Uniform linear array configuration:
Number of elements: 64
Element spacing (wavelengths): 0.5
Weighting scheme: exponential
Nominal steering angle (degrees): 60
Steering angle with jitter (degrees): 58.197
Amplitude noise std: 0.05
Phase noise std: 0.05

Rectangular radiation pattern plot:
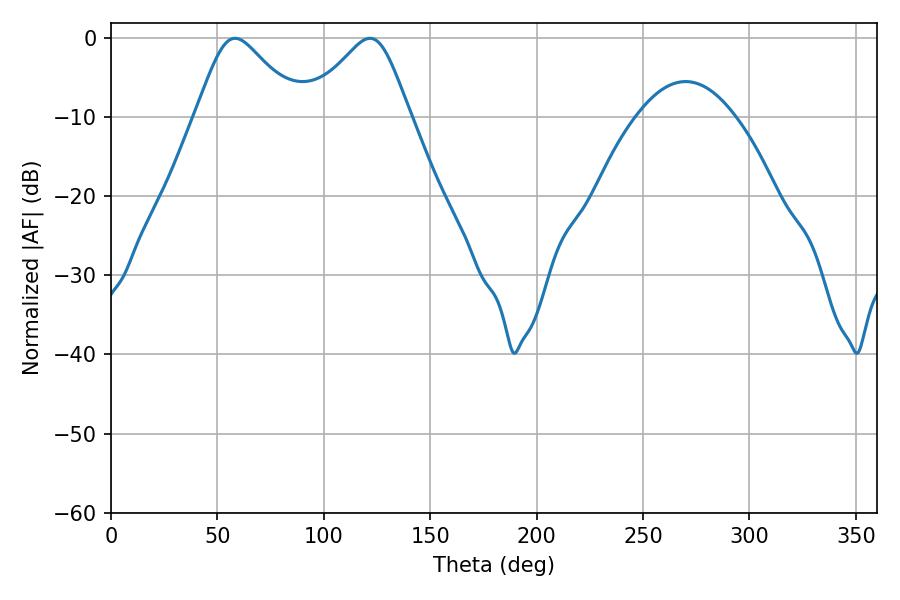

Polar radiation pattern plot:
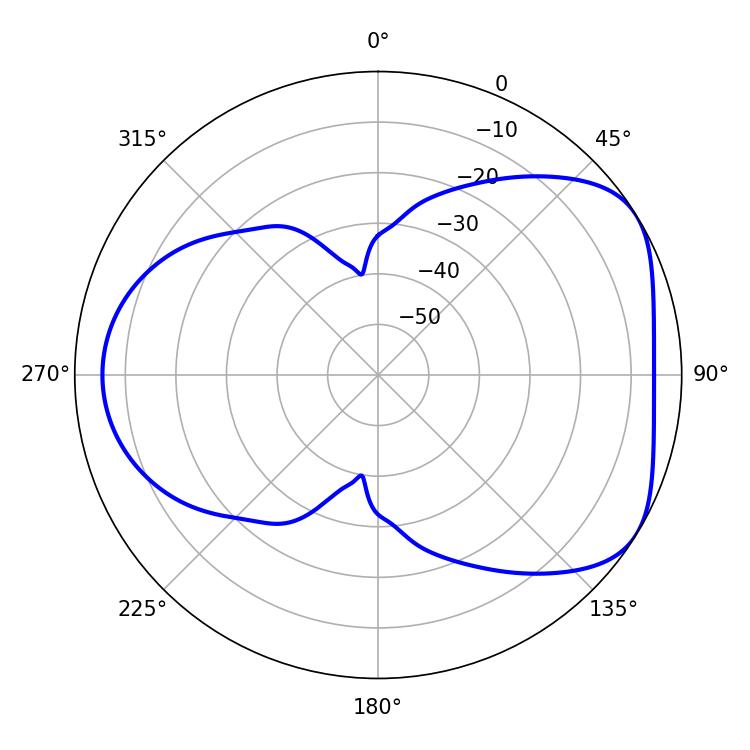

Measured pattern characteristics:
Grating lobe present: FALSE
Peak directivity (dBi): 4.865
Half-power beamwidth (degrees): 23.76
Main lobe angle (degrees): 58.32